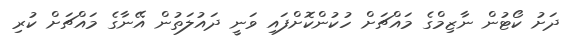
ދަށު ކޯޓުން ނާޒިމްގެ މައްޗަށް ހުކުންކޮށްފައި ވަނީ ދައުލަތުން އޭނާގެ މައްޗަށް ކުރި